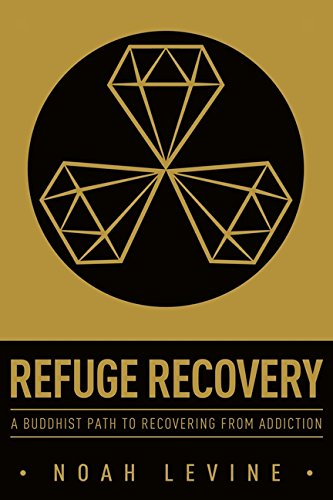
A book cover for Refuge Recovery: A Buddhist Path to Recovering from Addiction; Noah Levine; Health, Fitness & Dieting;